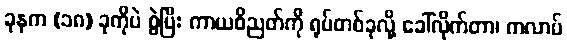
ခုနက (၁၈) ခုကိုပဲ စွဲပြီး ကာယဝိညတ်ကို ရုပ်တစ်ခုလို့ ခေါ်လိုက်တာ၊ ကလာပ်